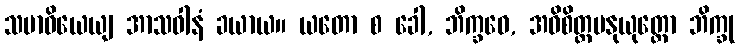
သမာဓိယေယျ အာသဝါနံ ခယာယ။ ယတော စ ခေါ, ဘိက္ခဝေ, အဓိစိတ္တမနုယုတ္တော ဘိက္ခု